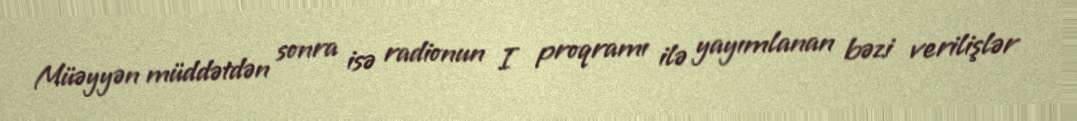
Müəyyən müddətdən sonra isə radionun I proqramı ilə yayımlanan bəzi verilişlər